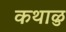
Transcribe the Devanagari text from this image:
कथाळु